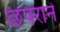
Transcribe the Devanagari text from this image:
छपराने